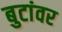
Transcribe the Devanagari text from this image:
बुटांवर